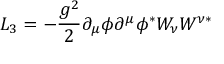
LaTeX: { \cal L } _ { 3 } = - \frac { g ^ { 2 } } { 2 } \partial _ { \mu } \phi \partial ^ { \mu } \phi ^ { \ast } W _ { \nu } W ^ { \nu \ast }